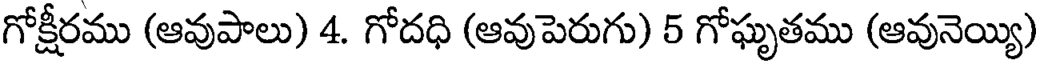
గోక్షీరము (ఆవుపాలు) 4. గోదధి (ఆవుపెరుగు) 5 గోఘృతము (ఆవునెయ్యి)